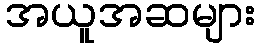
အယူအဆများ